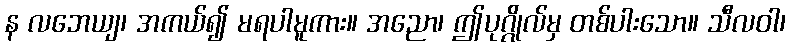
န လဘေယျ၊ အကယ်၍ မရပါမူကား။ အညော၊ ဤပုဂ္ဂိုလ်မှ တစ်ပါးသော။ သီလဝါ၊